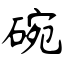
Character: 碗